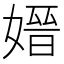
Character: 𡠂